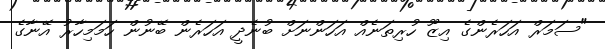
"ސަމަރް އަހަރެންގެ އިޒޫ ހުރިތަނެއް އަހަންނަށް ބުނެދީ އަހަރެން ބޭނުން ހަމަމިހާރު އޭނާގެ